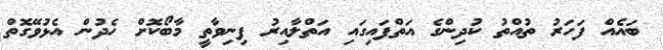
ބައެއް ފަހަރު ތުއްތު ކުދިންގެ އަތްފައިގައި އަތްލާއިރު ފިނިވާތީ މާބޯކޮށް ހެދުން އެޅުވޭގޮތް